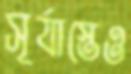
সূর্যাস্তেও